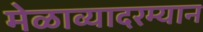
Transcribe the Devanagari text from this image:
मेळाव्यादरम्यान